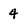
Character: 4